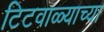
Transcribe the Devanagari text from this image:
टिटवाळ्याच्या